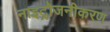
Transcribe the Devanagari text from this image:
नाइट्रोजनीकरण